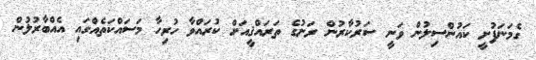
ގެމަނަފުށީ ކައުންސިލުން ވަނީ ސަރުކާރުން ރަށުގެ ތަރައްޤީއަށް ކުރައްވާ ހުރިހާ މަސައްކަތެއްގައި އެއްބާރުލުން